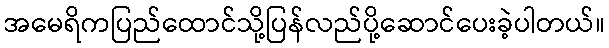
အမေရိကပြည်ထောင်သို့ပြန်လည်ပို့ဆောင်ပေးခဲ့ပါတယ်။